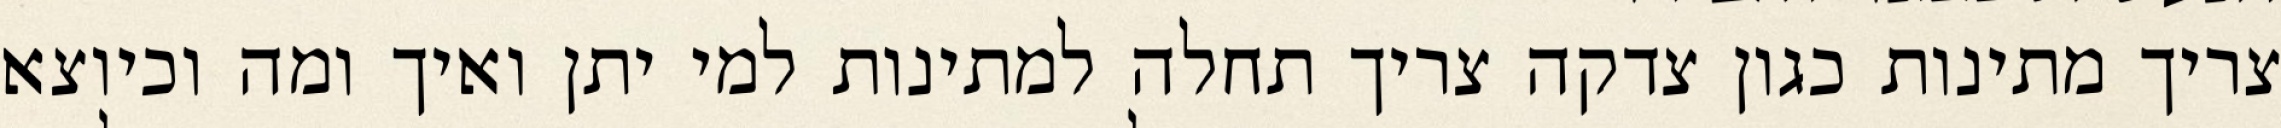
צריך מתינות כגון צדקה צריך תחלה למתינות למי יתן ואיך ומה וכיוצא